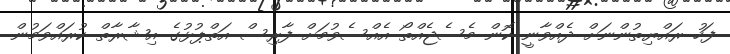
ފަހު ރައްޔިތުންނަށް ދެއްވާނީ ކޮން މެސެޖެއްތޯ އެއްސެވުމަށް ފާރިސް އަތްޕުޅުގެ އިޝާރާތް ކުރައްވަމުން